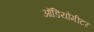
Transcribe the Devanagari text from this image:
ऑडियोमीटर